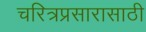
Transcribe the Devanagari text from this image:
चरित्रप्रसारासाठी